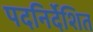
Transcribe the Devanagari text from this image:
पदनिर्देशित